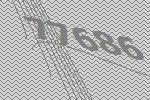
77686